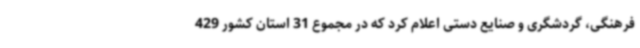
فرهنگی، گردشگری و صنایع دستی اعلام کرد که در مجموع 31 استان کشور 429